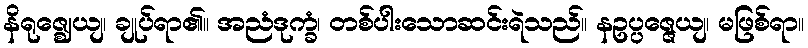
နိရုဇ္ဈေယျ၊ ချုပ်ရာ၏။ အညံဒုက္ခံ၊ တစ်ပါးသောဆင်းရဲသည်။ နဥပ္ပဇ္ဇေယျ၊ မဖြစ်ရာ။